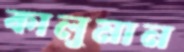
কালুমান